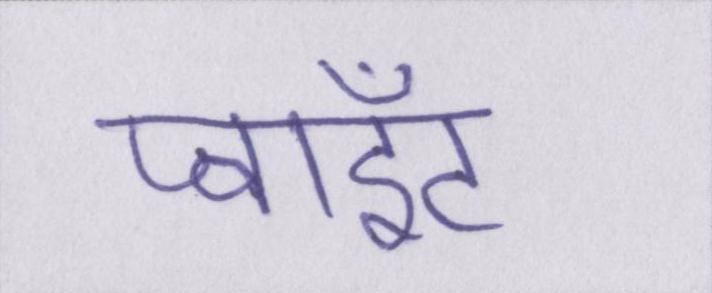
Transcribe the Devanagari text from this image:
प्वाइंट